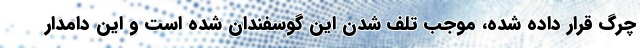
چرگ قرار داده شده، موجب تلف شدن این گوسفندان شده است و این دامدار